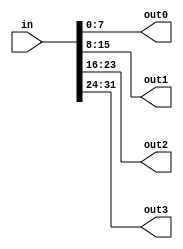
module TC_Splitter32 (in, out0, out1, out2, out3);
    parameter UUID = 0;
    parameter NAME = "";
    input [31:0] in;
    output [7:0] out0;
    output [7:0] out1;
    output [7:0] out2;
    output [7:0] out3;
    
    assign {out3, out2, out1, out0} = in;
endmodule